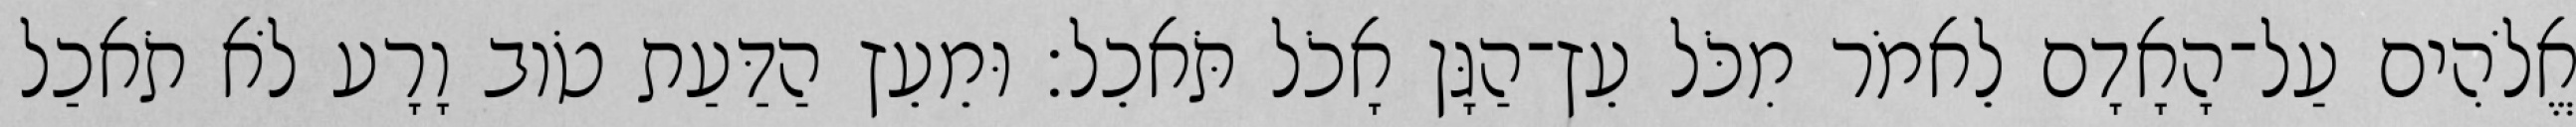
אֱלֹהִים עַל־הָאָדָם לֵאמֹר מִכֹּל עֵץ־הַגָּן אָכֹל תֹּאכֵל׃ וּמֵעֵץ הַדַּעַת טֹוב וָרָע לֹא תֹאכַל